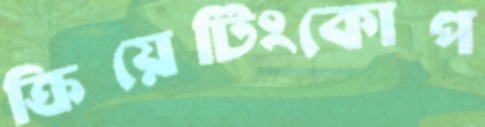
ক্রিয়েটিংকোপ